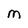
Character: M